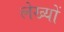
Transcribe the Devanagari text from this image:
लेख्यों